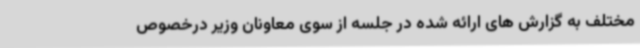
مختلف به گزارش های ارائه شده در جلسه از سوی معاونان ‌وزیر درخصوص